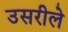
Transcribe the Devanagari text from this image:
उसरीले